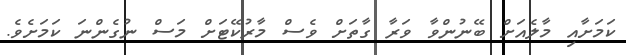
ކަމަށާއި މާލެއަށް ބޭނުންވާ ވަރާ ގާތަށް ވެސް މާރުކޭޓަށް މަސް ނުގެންނަ ކަމަށެވެ.